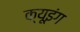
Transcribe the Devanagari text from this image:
क्यूइंग